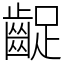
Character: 齪